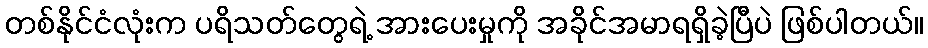
တစ်နိုင်ငံလုံးက ပရိသတ်တွေရဲ့ အားပေးမှုကို အခိုင်အမာရရှိခဲ့ပြီပဲ ဖြစ်ပါတယ်။